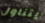
يتناول